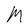
Character: M